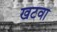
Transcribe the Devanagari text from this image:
खटवा